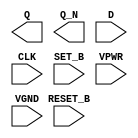
module sky130_fd_sc_hs__dfbbp (
    Q      ,
    Q_N    ,
    D      ,
    CLK    ,
    SET_B  ,
    RESET_B,
    VPWR   ,
    VGND
);

    output Q      ;
    output Q_N    ;
    input  D      ;
    input  CLK    ;
    input  SET_B  ;
    input  RESET_B;
    input  VPWR   ;
    input  VGND   ;
endmodule